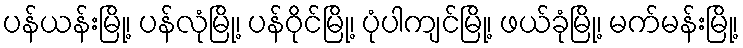
ပန်ယန်းမြို့၊ ပန်လုံမြို့၊ ပန်ဝိုင်မြို့၊ ပုံပါကျင်မြို့၊ ဖယ်ခုံမြို့၊ မက်မန်းမြို့၊